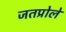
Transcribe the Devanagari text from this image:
जतप्रोले